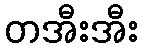
တအီးအီး